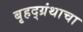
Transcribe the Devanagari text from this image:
बृहद्ग्रंथाचा